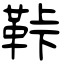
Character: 鞐